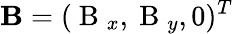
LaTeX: \mathbf B=(\mathrm{~B~}_{x},\mathrm{~B~}_{y},0)^{T}